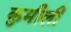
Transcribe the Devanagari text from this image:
कुमीली